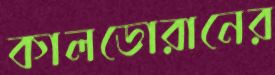
কালডোরানের